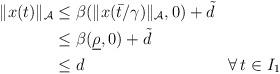
LaTeX: \begin{align*}\begin{aligned}\|x(t)\|_{\mathcal{A}} & \le \beta(\|x(\bar{t}/\gamma)\|_{\mathcal{A}},0) + \tilde{d}\\ & \le \beta(\underline{\rho},0) + \tilde{d}\\ & \le d && \forall\, t \in I_1\end{aligned}\end{align*}